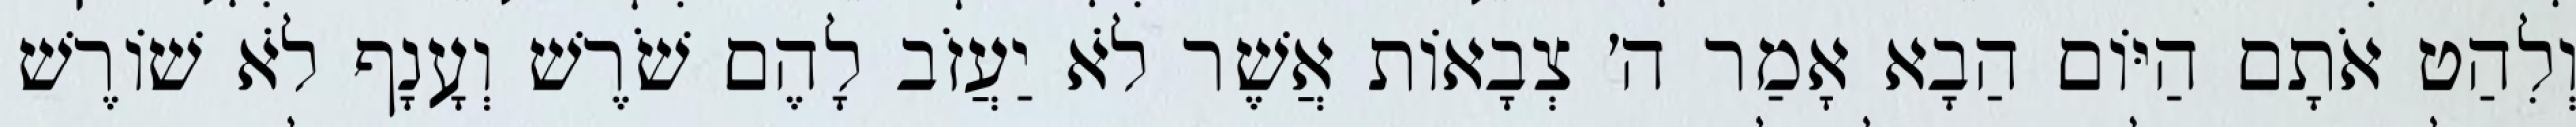
וְלִהַט אֹתָם הַיּוֹם הַבָא אָמַר ה׳ צְבָאוֹת אֲשֶׁר לֹא יַעֲזֹב לָהֶם שֹׁרֶשׁ וְעָנָף לֹא שׁוֹרֶשׁ